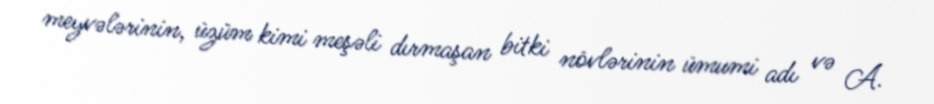
meyvələrinin, üzüm kimi meşəli dırmaşan bitki növlərinin ümumi adı və A.